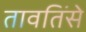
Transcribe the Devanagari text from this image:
तावतिंसे